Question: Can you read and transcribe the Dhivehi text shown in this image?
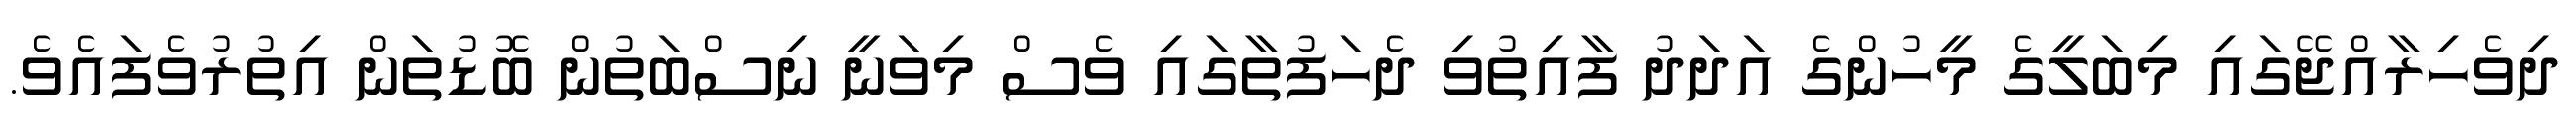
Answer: ދިވެހިރާއްޖޭގައި މިބަލީގެ މީހުންގެ އަދަދު ފާއިތުވި ދެހަފުތާގައި ވެސް މިވަނީ ނިސްބަތުން ބޮޑުތަން އިތުރުވެފައެވެ.